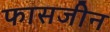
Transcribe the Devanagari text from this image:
फासजीन